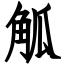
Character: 觚